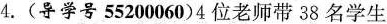
4.(导学号55200060)4位老师带38名学生